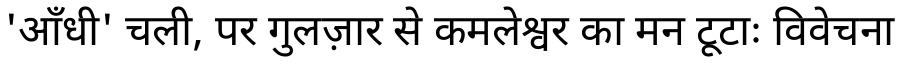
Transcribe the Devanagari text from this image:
'आँधी' चली, पर गुलज़ार से कमलेश्वर का मन टूटाः विवेचना